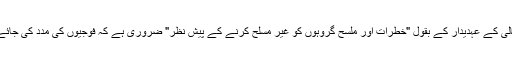
مالی کے عہدیدار کے بقول "خطرات اور ملسح گروہوں کو غیر مسلح کرنے کے پیش نظر" ضروری ہے کہ فوجیوں کی مدد کی جائے۔